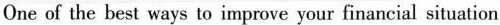
One of the best ways to improve your financial situation